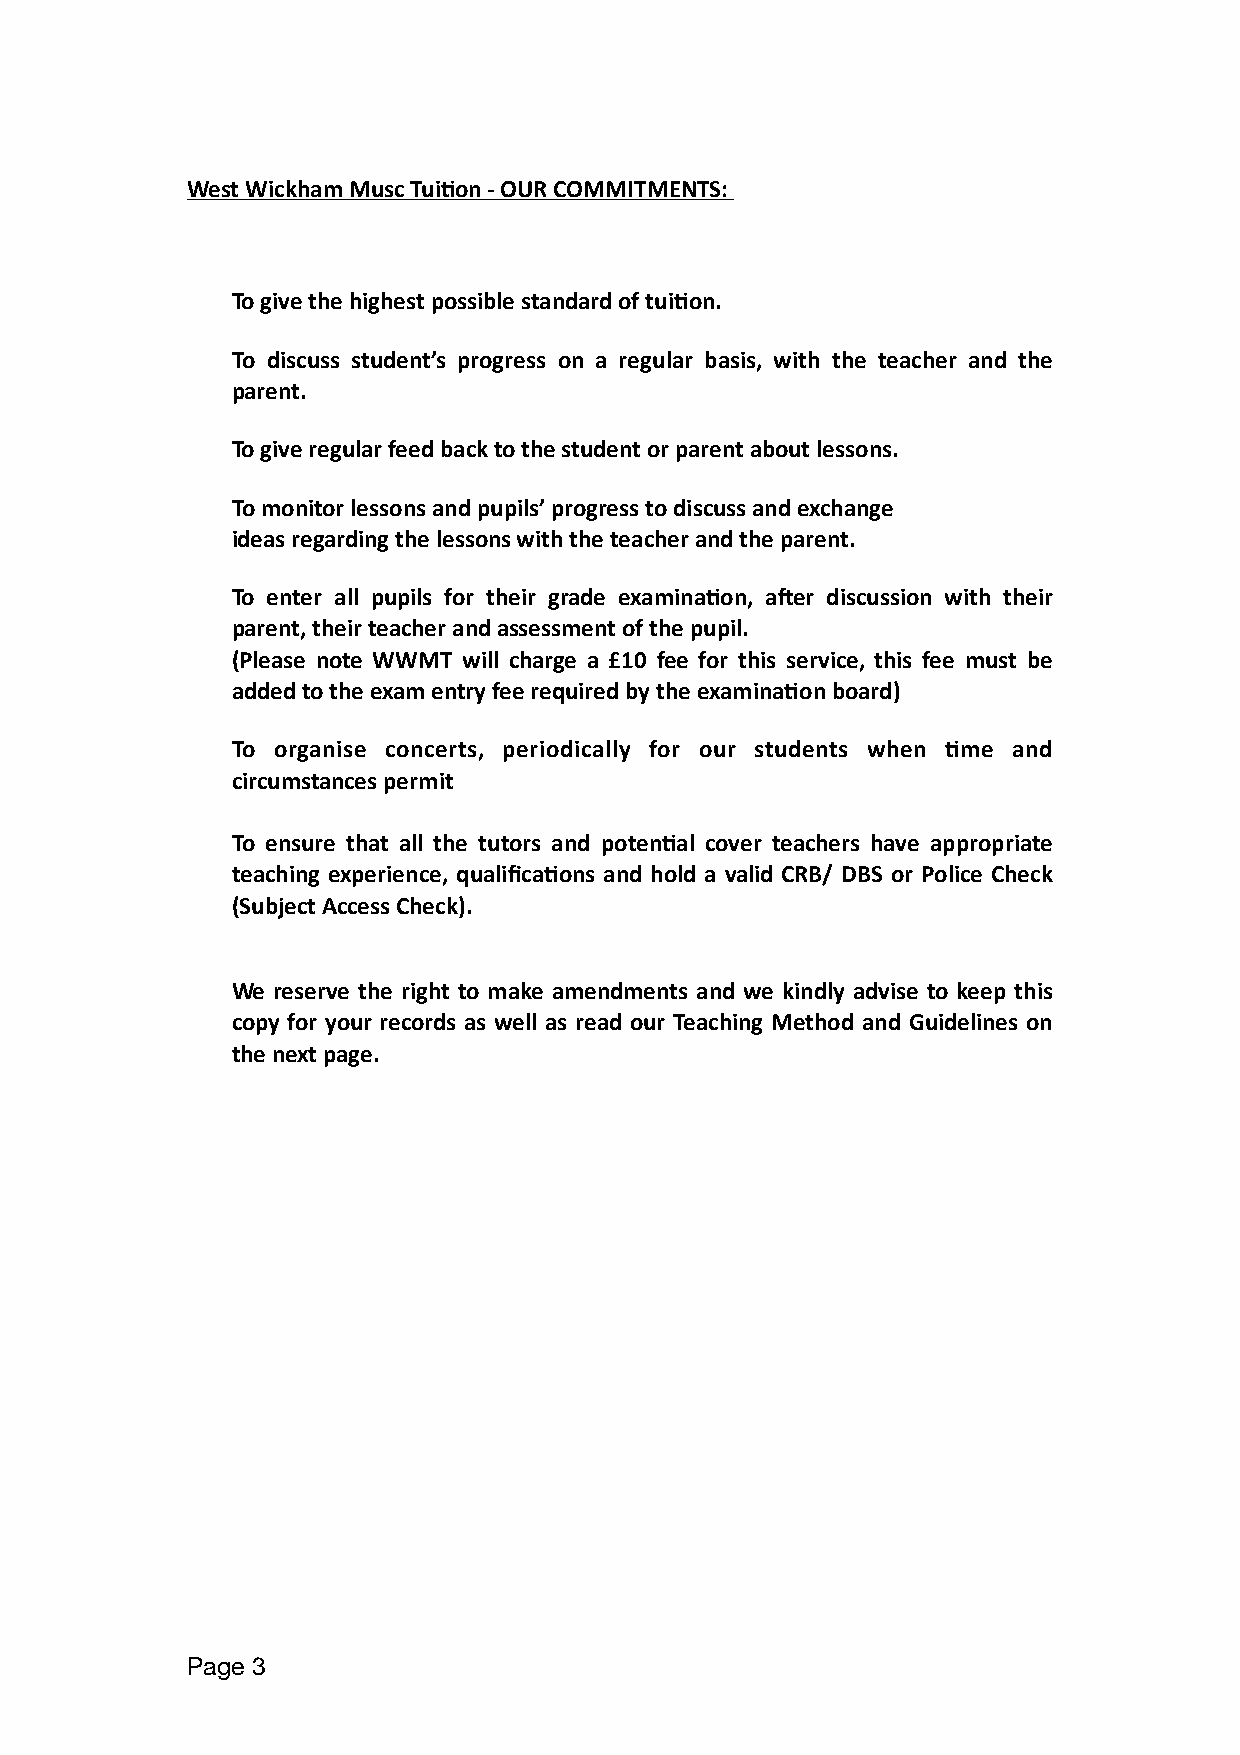
West Wickham Musc TuiOon - OUR COMMITMENTS:
 To give the highest possible standard of tuiOon.
 To discuss student’s progress on a regular basis, with the teacher and the
 parent.
 To give regular feed back to the student or parent about lessons.
 To monitor lessons and pupils’ progress to discuss and exchange
 ideas regarding the lessons with the teacher and the parent.
 To enter all pupils for their grade examinaOon, aker discussion with their
 parent, their teacher and assessment of the pupil.
 (Please note WWMT will charge a £10 fee for this service, this fee must be
 added to the exam entry fee required by the examinaOon board)
 To organise concerts, periodically for our students when Ome and
 circumstances permit
 To ensure that all the tutors and potenOal cover teachers have appropriate
 teaching experience, qualificaOons and hold a valid CRB/ DBS or Police Check
 (Subject Access Check).
 We reserve the right to make amendments and we kindly advise to keep this
 copy for your records as well as read our Teaching Method and Guidelines on
 the next page.
 Page 3